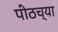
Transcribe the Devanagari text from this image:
पीठच्या